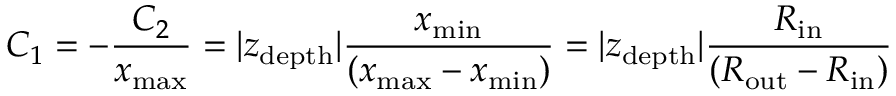
C _ { 1 } = - \frac { C _ { 2 } } { x _ { \mathrm { m a x } } } = \vert z _ { \mathrm { d e p t h } } \vert \frac { x _ { \mathrm { m i n } } } { \left( x _ { \mathrm { m a x } } - x _ { \mathrm { m i n } } \right) } = \vert z _ { \mathrm { d e p t h } } \vert \frac { R _ { \mathrm { i n } } } { \left( R _ { \mathrm { o u t } } - R _ { \mathrm { i n } } \right) }